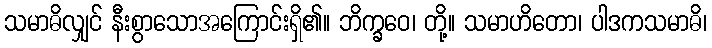
သမာဓိလျှင် နီးစွာသောအကြောင်းရှိ၏။ ဘိက္ခဝေ၊ တို့။ သမာဟိတော၊ ပါဒကသမာဓိ၊